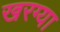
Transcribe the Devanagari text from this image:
खरग्या